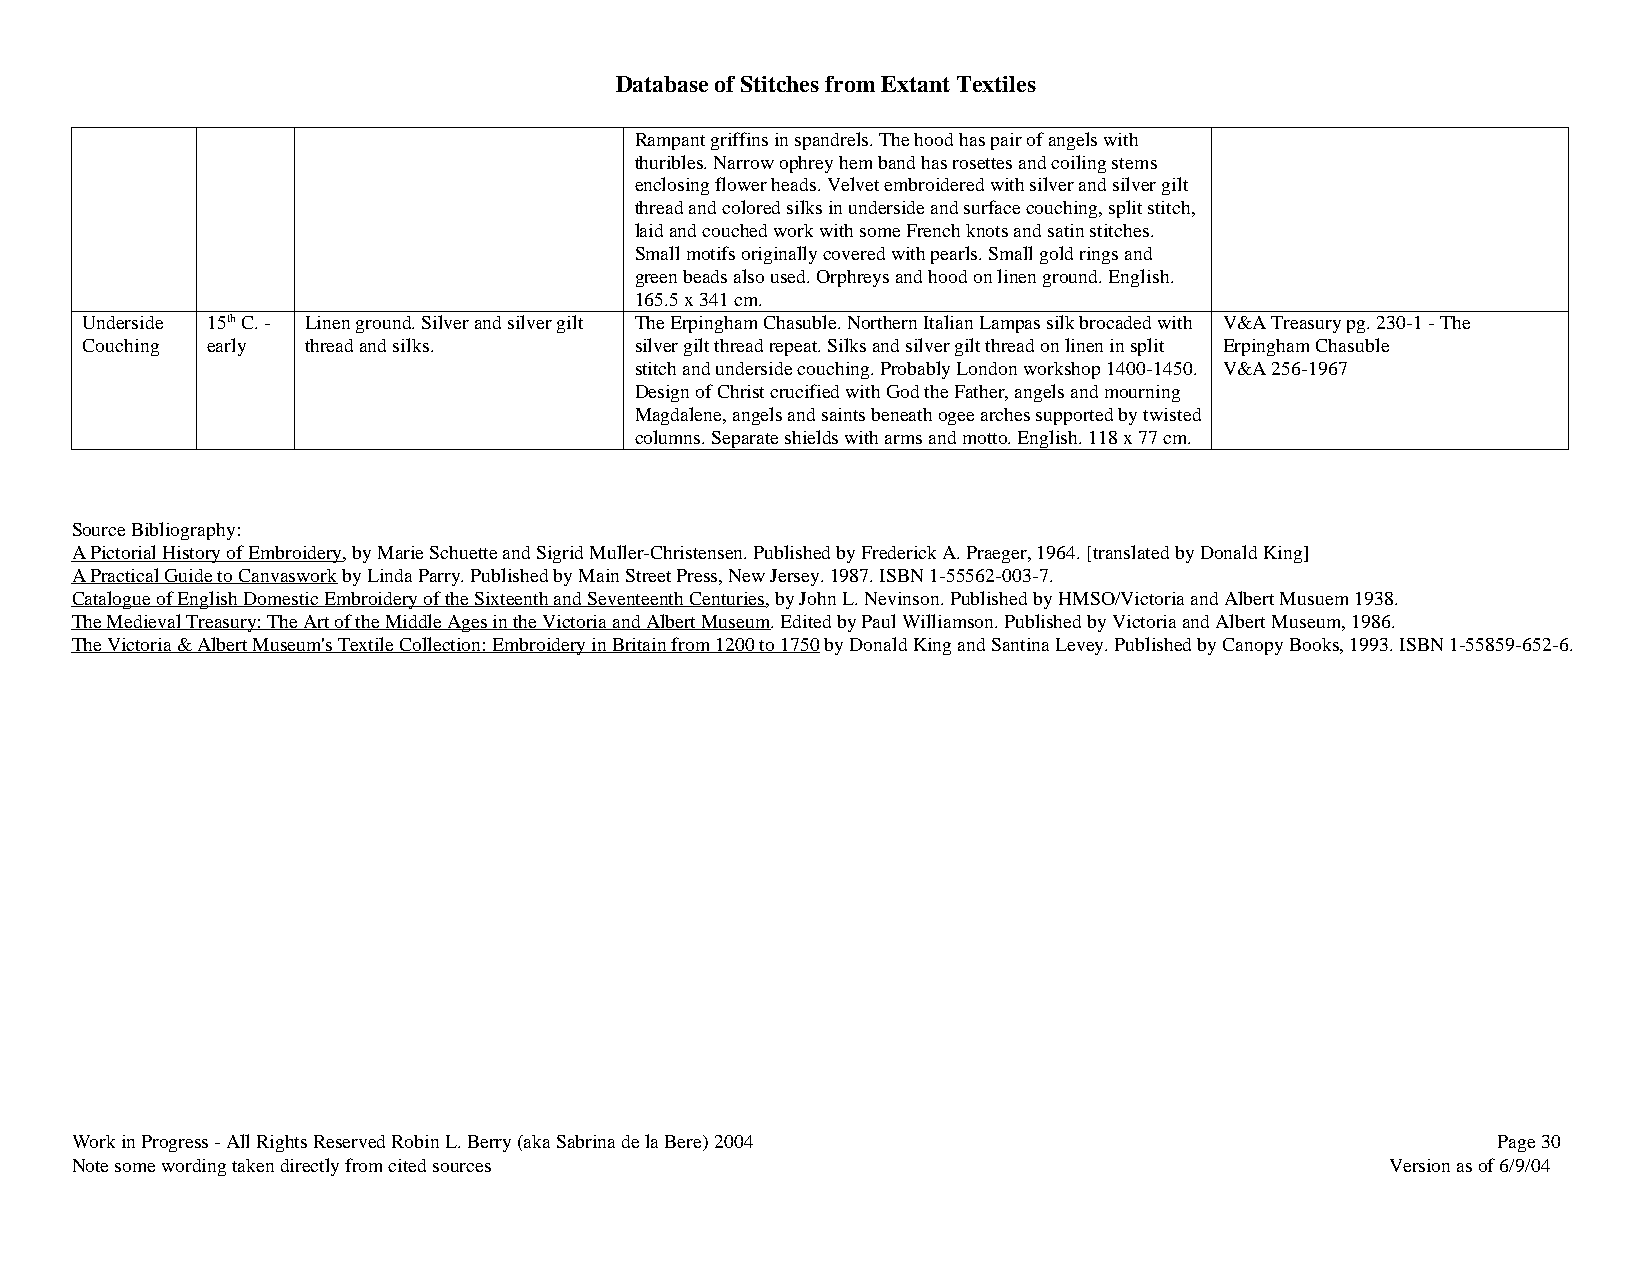
Database of Stitches from Extant Textiles
 Rampant griffins in spandrels. The hood has pair of angels with
 thuribles. Narrow ophrey hem band has rosettes and coiling stems
 enclosing flower heads. Velvet embroidered with silver and silver gilt
 thread and colored silks in underside and surface couching, split stitch,
 laid and couched work with some French knots and satin stitches.
 Small motifs originally covered with pearls. Small gold rings and
 green beads also used. Orphreys and hood on linen ground. English.
 165.5 x 341 cm.
 Underside 15th C. - Linen ground. Silver and silver gilt The Erpingham Chasuble. Northern Italian Lampas silk brocaded with V&A Treasury pg. 230-1 - The
 Couching early thread and silks.     silver gilt thread repeat. Silks and silver gilt thread on linen in split Erpingham Chasuble
 stitch and underside couching. Probably London workshop 1400-1450. V&A 256-1967
 Design of Christ crucified with God the Father, angels and mourning
 Magdalene, angels and saints beneath ogee arches supported by twisted
 columns. Separate shields with arms and motto. English. 118 x 77 cm.
 Source Bibliography:
 A Pictorial History of Embroidery, by Marie Schuette and Sigrid Muller-Christensen. Published by Frederick A. Praeger, 1964. [translated by Donald King]
 A Practical Guide to Canvaswork by Linda Parry. Published by Main Street Press, New Jersey. 1987. ISBN 1-55562-003-7.
 Catalogue of English Domestic Embroidery of the Sixteenth and Seventeenth Centuries, by John L. Nevinson. Published by HMSO/Victoria and Albert Musuem 1938.
 The Medieval Treasury: The Art of the Middle Ages in the Victoria and Albert Museum. Edited by Paul Williamson. Published by Victoria and Albert Museum, 1986.
 The Victoria & Albert Museum's Textile Collection: Embroidery in Britain from 1200 to 1750 by Donald King and Santina Levey. Published by Canopy Books, 1993. ISBN 1-55859-652-6.
 Work in Progress - All Rights Reserved Robin L. Berry (aka Sabrina de la Bere) 2004           Page 30
 Note some wording taken directly from cited sources                                    Version as of 6/9/04